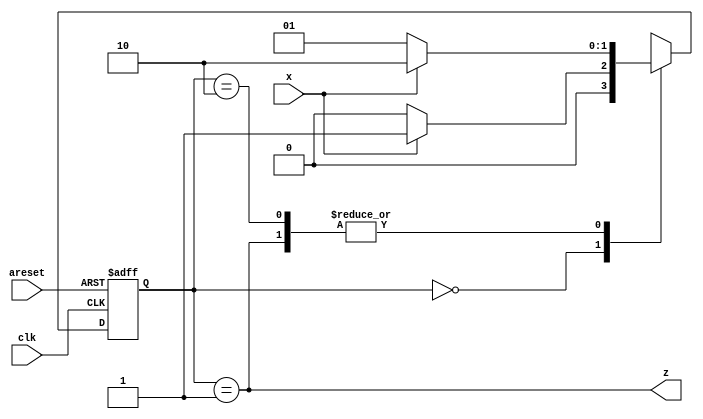
module top_module (
    input clk,
    input areset,
    input x,
    output z
); 

    //-------------Internal Constants-----------------
    parameter S0=0, S1=1, S2=2;  // States 

    //-------------Internal Variables-----------------
    reg [1:0] state, next_state;

    // State transition logic - Combinational Logic
    always @(*) begin
        case(state)
            S0 : next_state = x ? S1 : S0;
            S1 : next_state = x ? S2 : S1;
            S2 : next_state = x ? S2 : S1;
            default: next_state = 2'bxx;
        endcase
    end

    // Current state logic - Sequential Logic
    always @(posedge clk, posedge areset) begin
    // State flip-flops with asynchronous reset
        if(areset)
            state <= S0;
        else
            state <= next_state;
    end

    // Output logic - Combinational output logic
    assign z = (state == S1) ;    
    
endmodule